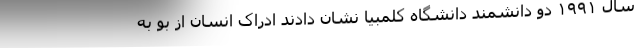
سال ۱۹۹۱ دو دانشمند دانشگاه کلمبیا نشان دادند ادراک انسان از بو به